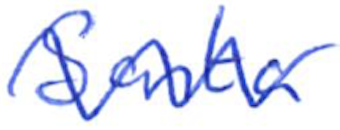
Text: Santa
Cross-out: wave
Writing tool: ballpoint